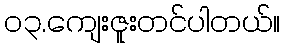
၀၃.ကျေးဇူးတင်ပါတယ်။